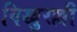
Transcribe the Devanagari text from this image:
विखुरल्ली